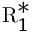
\mathrm { R } _ { 1 } ^ { * }